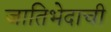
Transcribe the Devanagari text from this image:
जातिभेदाची